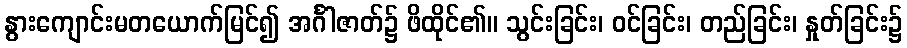
နွားကျောင်းမတယောက်မြင်၍ အင်္ဂါဇာတ်၌ ဖိထိုင်၏။ သွင်းခြင်း၊ ဝင်ခြင်း၊ တည်ခြင်း၊ နှုတ်ခြင်း၌